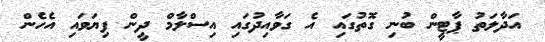
އަދާލަތު ޕާޓީން ބުނި ގޮތުގައި އެ ގަވާއިދުގައި އިސްލާމް ދީން ފިޔަވައި އެހެން